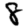
Digit: 8